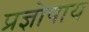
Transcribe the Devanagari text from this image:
प्रज्ञोपाय